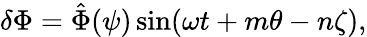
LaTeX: \begin{array}{r}{\delta\Phi=\hat{\Phi}(\psi)\sin(\omega t+m\theta-n\zeta),}\end{array}